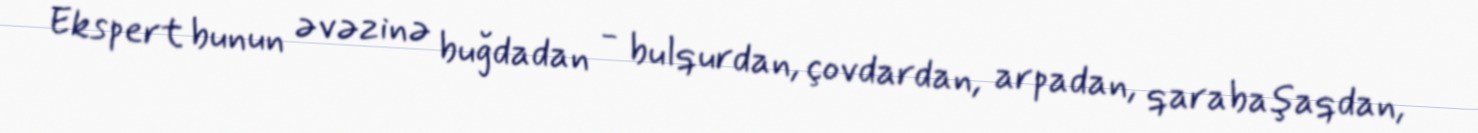
Ekspert bunun əvəzinə buğdadan - bulqurdan, çovdardan, arpadan, qarabaşaqdan,